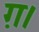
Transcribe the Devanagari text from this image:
ग़।